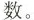
数。